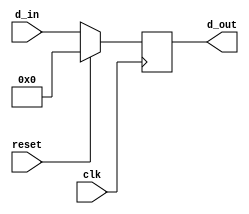
module PC (input [12:0] d_in, input reset, clk, output reg [12:0] d_out);
  always @(posedge clk)
    if (reset) d_out <= 0; else d_out <= d_in; 
endmodule